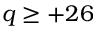
q \ge + 2 6